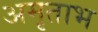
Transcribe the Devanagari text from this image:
अमृताभ